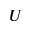
U